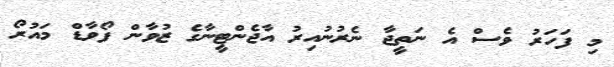
މި ފަހަރު ވެސް އެ ނަތީޖާ ނެރުނުއިރު އާޖެންޓީނާގެ ޒުވާން ފޯވާޑް މައުރޯ